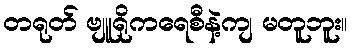
တရုတ် ဗျူရိုကရေစီနဲ့ကျ မတူဘူး။